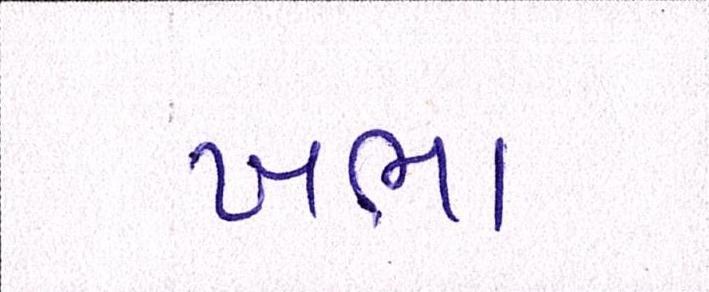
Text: ખભા